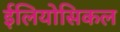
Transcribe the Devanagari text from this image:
ईलियोसिकल